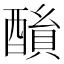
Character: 𨢖